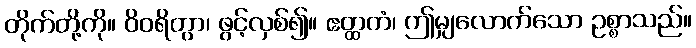
တိုက်တို့ကို။ ဝိဝရိတွာ၊ ဖွင့်လှစ်၍။ ဧတ္ထကံ၊ ဤမျှလောက်သော ဥစ္စာသည်။